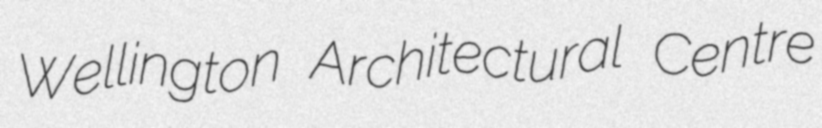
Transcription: Wellington Architectural Centre